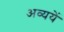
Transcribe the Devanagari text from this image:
अव्ययें